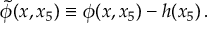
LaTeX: \tilde { \phi } ( x , x _ { 5 } ) \equiv \phi ( x , x _ { 5 } ) - h ( x _ { 5 } ) \, .